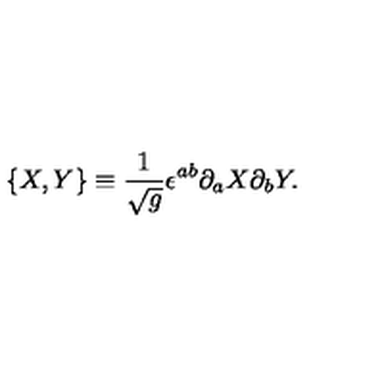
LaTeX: \{ X , Y \} \equiv \frac { 1 } { \sqrt { g } } \epsilon ^ { a b } \partial _ { a } X \partial _ { b } Y .